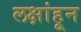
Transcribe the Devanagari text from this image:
लक्षांहून